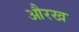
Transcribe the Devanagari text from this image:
औरख